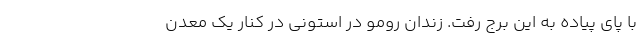
با پای پیاده به این برج رفت. زندان رومو در استونی در کنار یک معدن